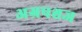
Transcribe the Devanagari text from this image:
अग्रपश्चज